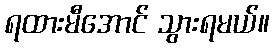
ရထားမီအောင် သွားရမယ်။